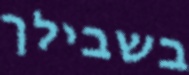
בשבילך